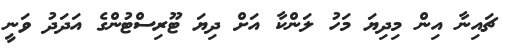
ޗައިނާ އިން މިދިޔަ މަހު ލަންކާ އަށް ދިޔަ ޓޫރިސްޓުންގެ އަދަދު ވަނީ